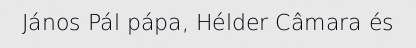
János Pál pápa, Hélder Câmara és